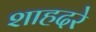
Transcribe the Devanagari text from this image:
शाहदरे